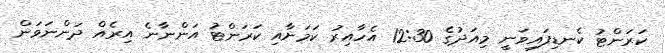
ކަރަންޓު ކެނޑިފައިވަނީ މިއަދުގެ 12:30 އެހާއިރު ކަމަށާއި ކަރަންޓު އަންނާނެ އިރެއް ދަންނަވަން